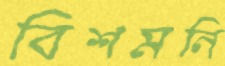
বিশমনি